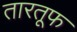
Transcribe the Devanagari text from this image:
तारतूफ